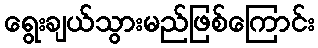
ရွေးချယ်သွားမည်ဖြစ်ကြောင်း